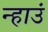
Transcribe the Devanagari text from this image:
न्हाउं